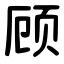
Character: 顾